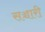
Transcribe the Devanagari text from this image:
सञ्चारी